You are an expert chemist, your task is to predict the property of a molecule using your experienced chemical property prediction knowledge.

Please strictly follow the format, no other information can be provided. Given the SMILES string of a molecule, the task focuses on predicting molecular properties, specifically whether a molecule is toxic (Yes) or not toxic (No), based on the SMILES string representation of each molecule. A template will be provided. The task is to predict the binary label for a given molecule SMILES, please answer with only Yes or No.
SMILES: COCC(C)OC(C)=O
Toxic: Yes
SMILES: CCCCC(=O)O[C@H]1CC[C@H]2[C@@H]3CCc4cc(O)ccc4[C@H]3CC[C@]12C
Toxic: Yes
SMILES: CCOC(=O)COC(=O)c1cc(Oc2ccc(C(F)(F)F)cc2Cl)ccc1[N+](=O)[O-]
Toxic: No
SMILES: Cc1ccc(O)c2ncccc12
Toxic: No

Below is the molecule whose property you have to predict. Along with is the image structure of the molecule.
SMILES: Cc1ccccc1C(=O)Nc1ccc(C(=O)N2CCCC(O)c3cc(Cl)ccc32)c(C)c1
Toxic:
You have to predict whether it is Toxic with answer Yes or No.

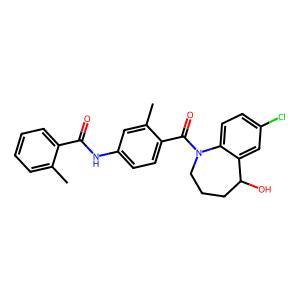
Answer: No